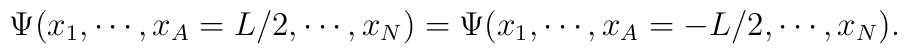
\Psi(x_1, \cdots, x_A=L/2,\cdots, x_N)=\Psi(x_1, \cdots, x_A=-L/2, \cdots, x_N).